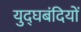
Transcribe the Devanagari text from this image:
युद्घबंदियों